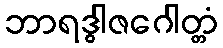
ဘာရဒွါဇဂေါတ္တံ